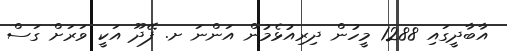
އާބާދީގައި 1288 މީހުން ދިރިއުޅެމުން އަންނަ ށ. ފޭދޫ އަކީ ވަރަށް ގަސް